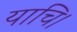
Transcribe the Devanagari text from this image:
याचि।